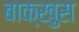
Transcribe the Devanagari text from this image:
बाक्खुस